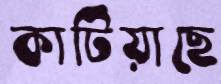
কাটিয়াছে